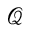
\boldsymbol { \mathcal { Q } }